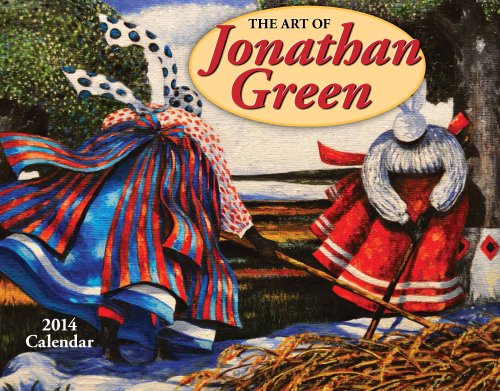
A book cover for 2014 Art of Jonathan Green; Jonathan Green; Calendars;